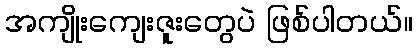
အကျိုးကျေးဇူးတွေပဲ ဖြစ်ပါတယ်။